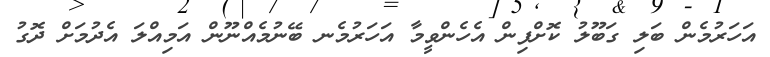
އަހަރުމެން ބަލި ގަބޫލު ކޮށްފިން އެހެންވީމާ އަހަރުމެނ ބޭނުމެއްނޫން އަމިއްލަ އެދުމަށް ދޮގު